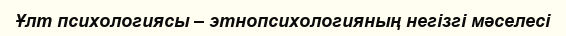
Ұлт психологиясы – этнопсихологияның негізгі мәселесі